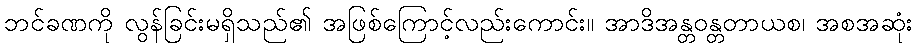
ဘင်ခဏကို လွန်ခြင်းမရှိသည်၏ အဖြစ်ကြောင့်လည်းကောင်း။ အာဒိအန္တဝန္တတာယစ၊ အစအဆုံး